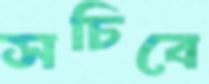
সচিবে